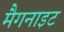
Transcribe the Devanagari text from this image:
मैगनाइट